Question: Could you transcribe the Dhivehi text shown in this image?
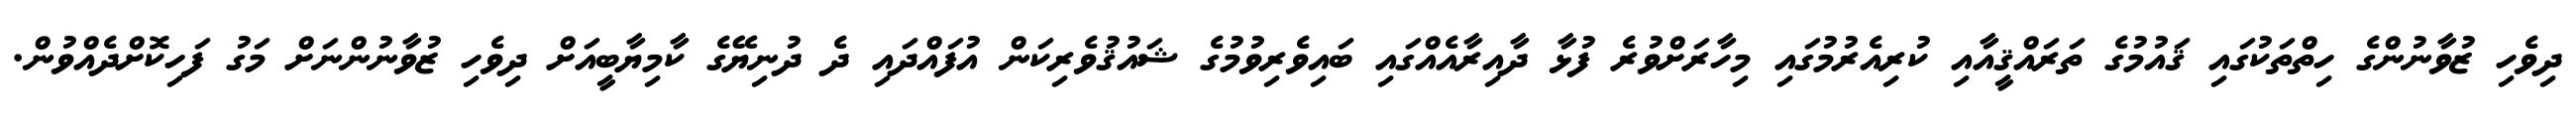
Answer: ދިވެހި ޒުވާނުންގެ ހިތްތަކުގައި ޤައުމުގެ ތަރައްޤީއާއި ކުރިއެރުމުގައި މިހާރަށްވުރެ ފުޅާ ދާއިރާއެއްގައި ބައިވެރިވުމުގެ ޝައުޤުވެރިކަން އުފައްދައި ދެ ދުނިޔޭގެ ކާމިޔާބީއަށް ދިވެހި ޒުވާނުންނަށް މަގު ފަހިކޮށްދެއްވުން.